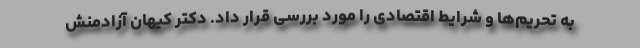
به تحریم‌ها و شرایط اقتصادی را مورد بررسی قرار داد. دکتر کیهان آزادمنش